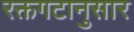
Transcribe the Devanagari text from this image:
रक्तगटानुसार